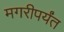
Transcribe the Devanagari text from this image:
मगरीपर्यंत